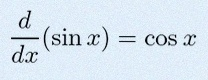
\frac{d}{dx}(\sin x)=\cos x